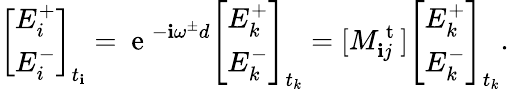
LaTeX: \left[\begin{array}{l}{E_{i}^{+}}\\ {E_{i}^{-}}\end{array}\right]_{t_{\mathbf{i}}}=\mathrm{{~e~}}^{-\mathbf{i}\omega^{\pm}d}\left[\begin{array}{l}{E_{k}^{+}}\\ {E_{k}^{-}}\end{array}\right]_{t_{k}}=[M_{\mathbf{i}j}^{\mathrm{{~t~}}}]\left[\begin{array}{l}{E_{k}^{+}}\\ {E_{k}^{-}}\end{array}\right]_{t_{k}}.